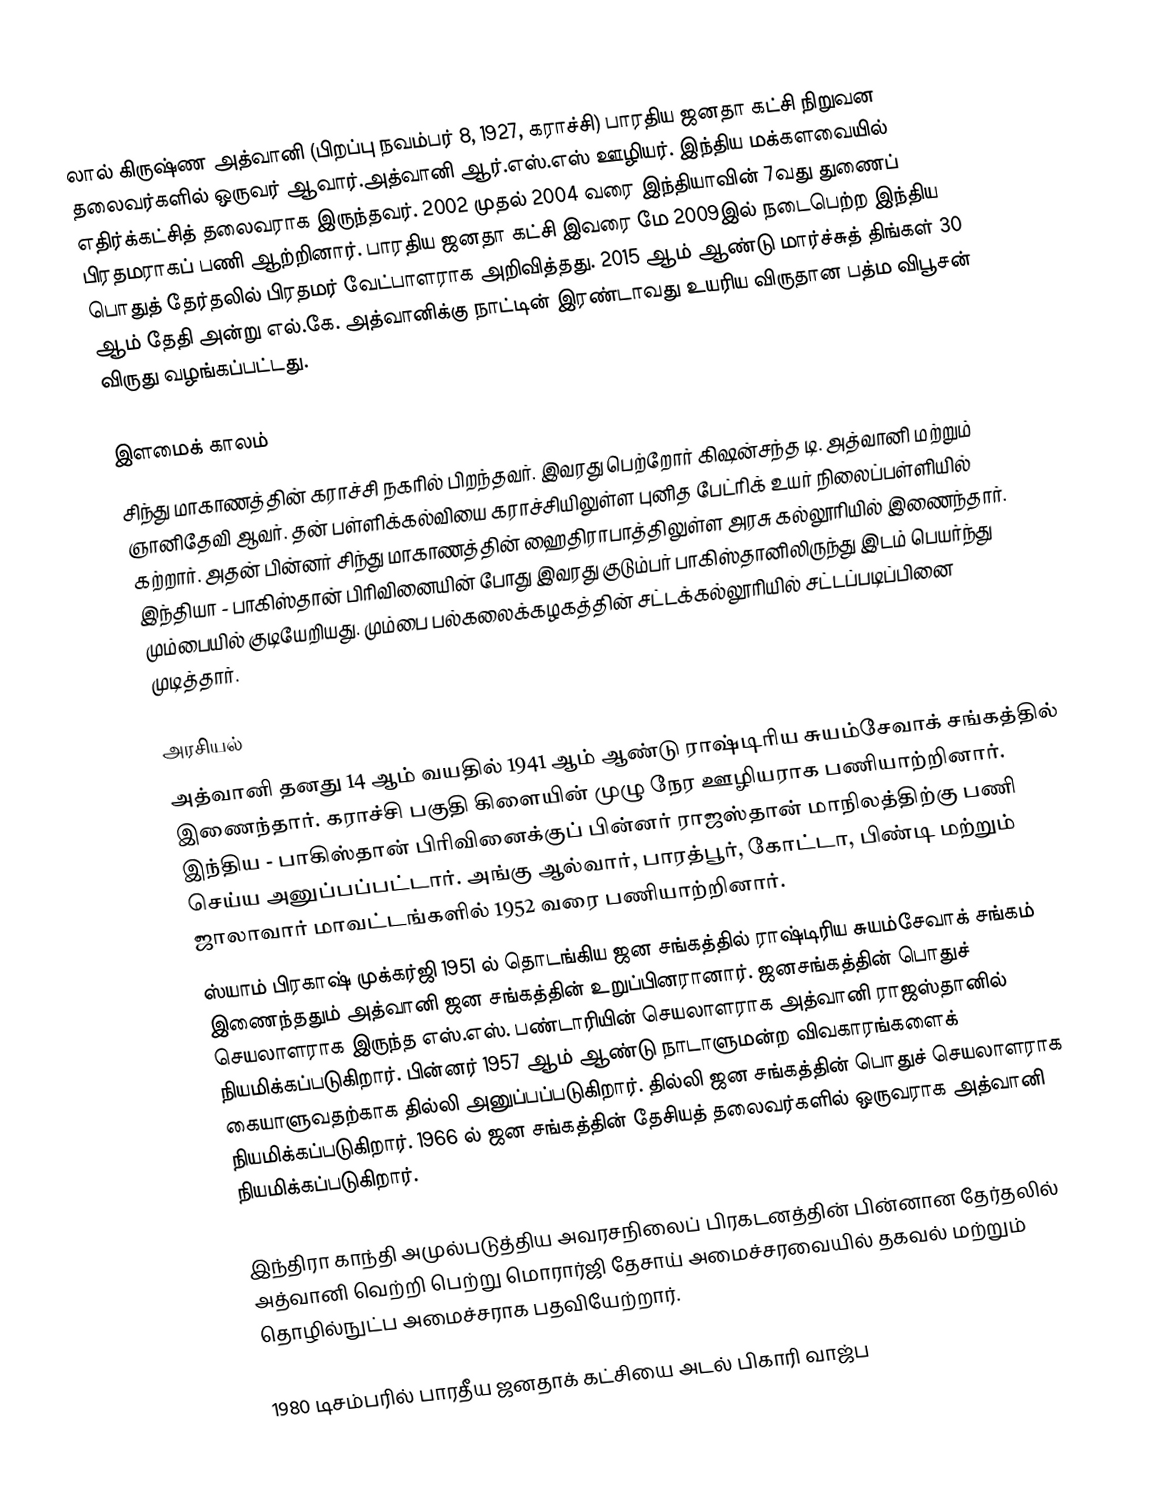
லால் கிருஷ்ண அத்வானி (பிறப்பு நவம்பர் 8, 1927, கராச்சி)  பாரதிய ஜனதா கட்சி நிறுவன தலைவர்களில் ஒருவர் ஆவார்.அத்வானி ஆர்.எஸ்.எஸ் ஊழியர். இந்திய மக்களவையில் எதிர்க்கட்சித் தலைவராக இருந்தவர். 2002 முதல் 2004 வரை இந்தியாவின் 7வது துணைப் பிரதமராகப் பணி ஆற்றினார். பாரதிய ஜனதா கட்சி இவரை மே 2009இல் நடைபெற்ற இந்திய பொதுத் தேர்தலில் பிரதமர் வேட்பாளராக அறிவித்தது. 2015 ஆம் ஆண்டு மார்ச்சுத் திங்கள் 30 ஆம் தேதி அன்று எல்.கே. அத்வானிக்கு நாட்டின் இரண்டாவது உயரிய விருதான பத்ம விபூசன் விருது வழங்கப்பட்டது.

இளமைக் காலம்
சிந்து மாகாணத்தின் கராச்சி நகரில் பிறந்தவர்.  இவரது பெற்றோர் கிஷன்சந்த டி. அத்வானி மற்றும் ஞானிதேவி ஆவர். தன் பள்ளிக்கல்வியை கராச்சியிலுள்ள புனித பேட்ரிக் உயர் நிலைப்பள்ளியில் கற்றார். அதன் பின்னர் சிந்து மாகாணத்தின் ஹைதிராபாத்திலுள்ள அரசு கல்லூரியில் இணைந்தார். இந்தியா - பாகிஸ்தான் பிரிவினையின் போது இவரது குடும்பர் பாகிஸ்தானிலிருந்து இடம் பெயர்ந்து மும்பையில் குடியேறியது. மும்பை பல்கலைக்கழகத்தின் சட்டக்கல்லூரியில் சட்டப்படிப்பினை முடித்தார்.

அரசியல்
அத்வானி தனது 14 ஆம் வயதில் 1941 ஆம் ஆண்டு ராஷ்டிரிய சுயம்சேவாக் சங்கத்தில் இணைந்தார். கராச்சி பகுதி கிளையின் முழு நேர ஊழியராக பணியாற்றினார். இந்திய - பாகிஸ்தான் பிரிவினைக்குப் பின்னர் ராஜஸ்தான் மாநிலத்திற்கு பணி செய்ய அனுப்பப்பட்டார். அங்கு ஆல்வார், பாரத்பூர், கோட்டா, பிண்டி மற்றும் ஜாலாவார் மாவட்டங்களில் 1952 வரை பணியாற்றினார்.
ஸ்யாம் பிரகாஷ் முக்கர்ஜி 1951 ல் தொடங்கிய ஜன சங்கத்தில் ராஷ்டிரிய சுயம்சேவாக் சங்கம் இணைந்ததும் அத்வானி ஜன சங்கத்தின் உறுப்பினரானார். ஜனசங்கத்தின் பொதுச் செயலாளராக இருந்த எஸ்.எஸ். பண்டாரியின் செயலாளராக அத்வானி ராஜஸ்தானில் நியமிக்கப்படுகிறார். பின்னர் 1957 ஆம் ஆண்டு நாடாளுமன்ற விவகாரங்களைக் கையாளுவதற்காக தில்லி அனுப்பப்படுகிறார். தில்லி ஜன சங்கத்தின் பொதுச் செயலாளராக நியமிக்கப்படுகிறார். 1966 ல் ஜன சங்கத்தின் தேசியத் தலைவர்களில் ஒருவராக அத்வானி நியமிக்கப்படுகிறார்.

இந்திரா காந்தி அமுல்படுத்திய அவரசநிலைப் பிரகடனத்தின் பின்னான தேர்தலில் அத்வானி வெற்றி பெற்று மொரார்ஜி தேசாய் அமைச்சரவையில் தகவல் மற்றும் தொழில்நுட்ப அமைச்சராக பதவியேற்றார்.

1980 டிசம்பரில் பாரதீய ஜனதாக் கட்சியை அடல் பிகாரி வாஜ்ப